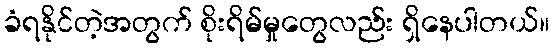
ခံရနိုင်တဲ့အတွက် စိုးရိမ်မှုတွေလည်း ရှိနေပါတယ်။